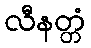
လီနတ္တံ